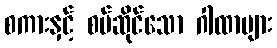
စကားနှင့် စပ်ဆိုင်သော ဂါထာများ